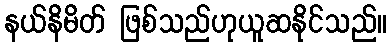
နယ်နိမိတ် ဖြစ်သည်ဟုယူဆနိုင်သည်။